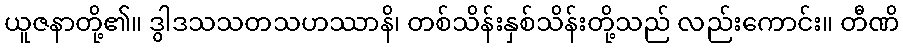
ယူဇနာတို့၏။ ဒွါဒသသတသဟဿာနိ၊ တစ်သိန်းနှစ်သိန်းတို့သည် လည်းကောင်း။ တီဏိ